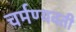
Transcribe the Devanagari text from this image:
चर्मण्यवती